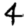
Digit: 4